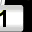
Digit: 1